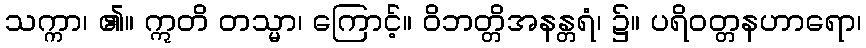
သက္ကာ၊ ၏။ ဣတိ တသ္မာ၊ ကြောင့်။ ဝိဘတ္တိအနန္တရံ၊ ၌။ ပရိဝတ္တနဟာရော၊